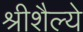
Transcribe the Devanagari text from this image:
श्रीशैल्ये